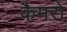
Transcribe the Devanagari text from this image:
कैमरो